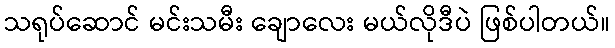
သရုပ်ဆောင် မင်းသမီး ချောလေး မယ်လိုဒီပဲ ဖြစ်ပါတယ်။